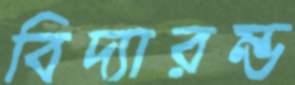
বিদ্যারম্ভ